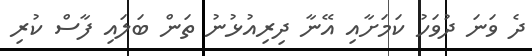
ދެ ވަނަ ދުވަހު ކަމަށާއި އޭނާ ދިރިއުޅުނު ތަން ބަލައި ފާސް ކުރި